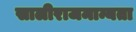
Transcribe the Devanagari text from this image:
सालीराजमान्यता